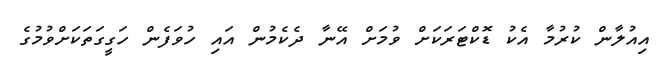
އިއުލާން ކުރުމާ އެކު ޑޮކްޓަރަކަށް ވުމަށް އޭނާ ދެކެމުން އައި ހުވަފެން ހަގީގަތަކަށްވުމުގެ